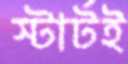
স্টার্টই